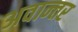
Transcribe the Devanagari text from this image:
अवान्‍तर